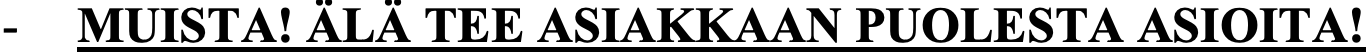
-  MUISTA! ÄLÄ TEE ASIAKKAAN PUOLESTA ASIOITA!